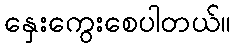
နှေးကွေးစေပါတယ်။